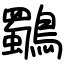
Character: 鸀